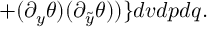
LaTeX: + ( \partial _ { y } \theta ) ( \partial _ { \tilde { y } } \theta ) ) \} d v d p d q .